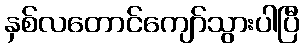
နှစ်လတောင်ကျော်သွားပါပြီ